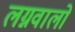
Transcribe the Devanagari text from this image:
लग्नवालों